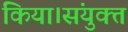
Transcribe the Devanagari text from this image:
किया।संयुक्त